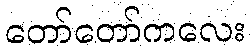
တော်တော်ကလေး